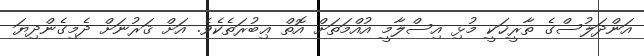
އަންދަލުސްގެ ތާރީޚަކީ މުޅި އިސްލާމީ އުއްމަތަށް އޮތް ޢިބުރަތެކެވެ. އަށް ޤަރުނަށް ދެމިގެންދިޔަ